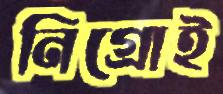
নিগ্রোই